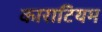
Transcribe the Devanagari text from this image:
काराटियम